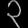
Digit: ၃